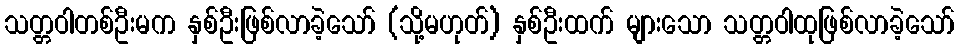
သတ္တဝါတစ်ဦးမက နှစ်ဦးဖြစ်လာခဲ့သော် (သို့မဟုတ်) နှစ်ဦးထက် များသော သတ္တဝါထုဖြစ်လာခဲ့သော်